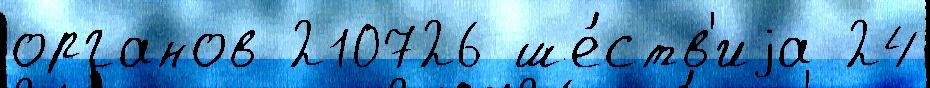
органов 210726 ше́ств'иjа 24